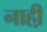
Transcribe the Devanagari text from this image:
नाही़